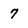
Character: 7